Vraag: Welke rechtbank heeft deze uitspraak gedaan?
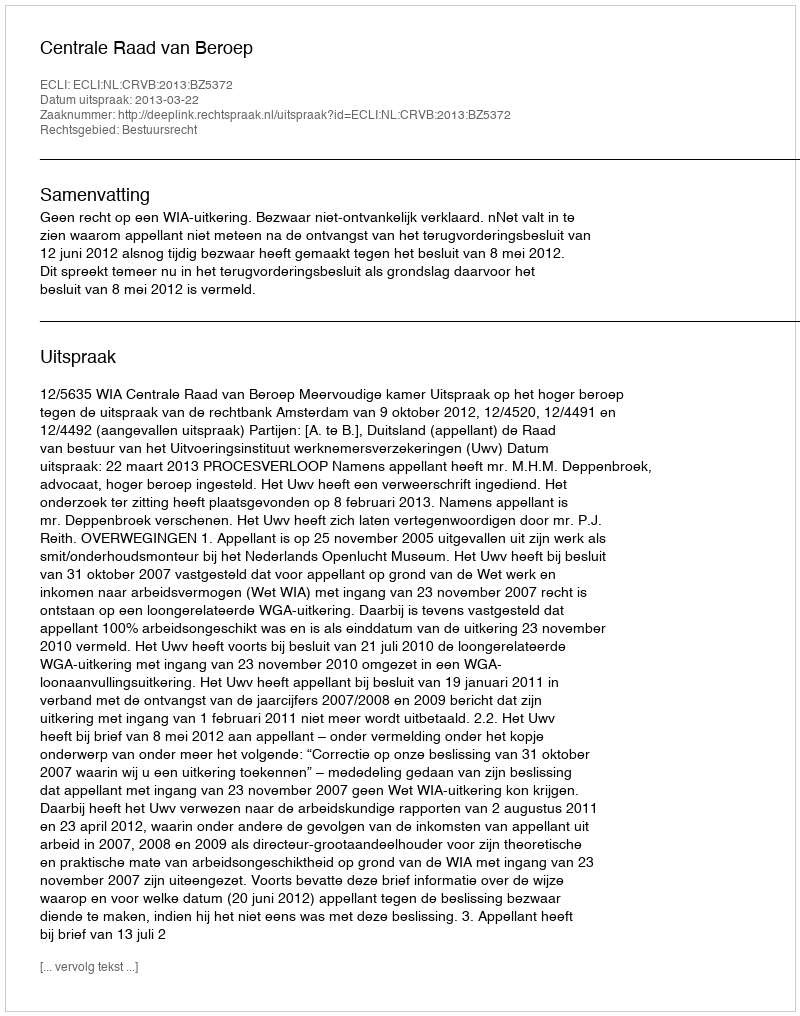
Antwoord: Centrale Raad van Beroep